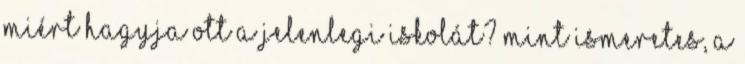
miért hagyja ott a jelenlegi iskolát? Mint ismeretes, a